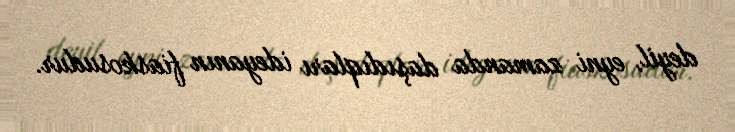
deyil, eyni zamanda daşıdıqları ideyanın fiaskosudur.